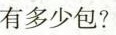
有多少包?